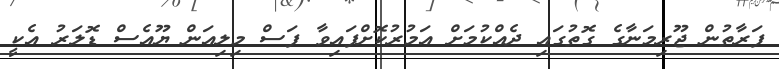
ފަރާތުން ޖޫރިމަނާގެ ގޮތުގައި ދެއްކުމަށް އަމުރުކޮށްފައިވާ ފަސް މިލިއަން ޔޫއެސް ޑޮލަރު އެކީ